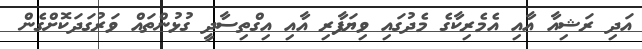
އަދި ރަޝިއާ އާއި އެމެރިކާގެ މެދުގައި ވިޔަފާރި އާއި އިގްތިސާދީ ގުޅުންތައް ވަރުގަދަކޮށްގެން